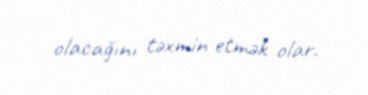
olacağını təxmin etmək olar.